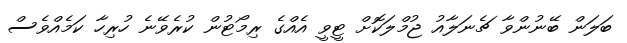
ބަލަން ބޭނުންވާ ޗެނަލާއު ޖުމްލަކޮށް ޓީވީ އެއްގެ ރިމޯޓުން ކުރެވޭނެ ހުރިހާ ކަމެއްވެސް